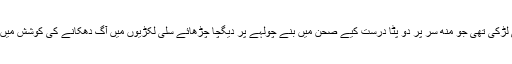
وہیں ایک چھوٹی عمر کی لڑکی تھی جو مُنھ سر پر دو پٹا درست کیے صحن میں بنے چولہے پر دیگچا چڑھائے سلی لکڑیوں میں آگ دھکانے کی کوشش میں دھواں دھواں ہو رہی تھی۔